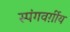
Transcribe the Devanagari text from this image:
स्पंगवर्ग़ीय